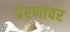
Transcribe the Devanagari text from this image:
प्रेरणांवर